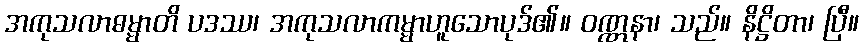
အကုသလာဓမ္မာတိ ပဒဿ၊ အကုသလာကမ္မာဟူသောပုဒ်၏။ ဝဏ္ဏနာ၊ သည်။ နိဋ္ဌိတာ၊ ပြီ။